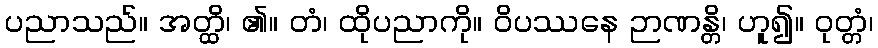
ပညာသည်။ အတ္ထိ၊ ၏။ တံ၊ ထိုပညာကို။ ဝိပဿနေ ဉာဏန္တိ၊ ဟူ၍။ ဝုတ္တံ၊